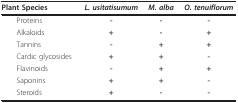
| Plant Species | L. usitatisumum | M. alba | O. tenuiflorum |
 | --- | --- | --- | --- |
 | Proteins | - | - | - |
 | Alkaloids | + | - | + |
 | Tannins | - | + | + |
 | Cardic glycosides | + | + | - |
 | Flavinoids | - | + | + |
 | Saponins | + | + | - |
 | Steroids | + | - | - |